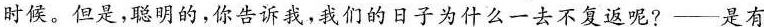
时候。但是，聪明的，你告诉我，我们的日子为什么——去不复返呢?—是有